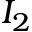
I _ { 2 }